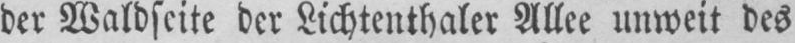
der Waldseite der Lichtenthaler Allee unweit des